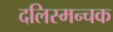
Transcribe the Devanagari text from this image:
दलिस्मन्चक